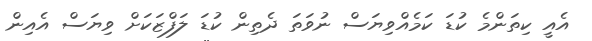
އެއީ ކިތަންމެ ކުޑަ ކަމެއްވިޔަސް ނުވަތަ ދެތިން ކުޑަ ލަފްޒަކަށް ވިޔަސް އެއިން